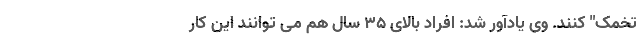
تخمک" کنند. وی یادآور شد: افراد بالای ۳۵ سال هم می توانند این کار